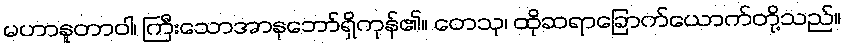
မဟာနူတာဝါ၊ ကြီးသောအာနုဘော်ရှိကုန်၏။ တေသု၊ ထိုဆရာခြောက်ယောက်တို့သည်။